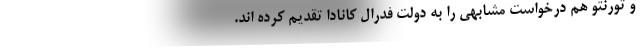
و تورنتو هم درخواست مشابهی را به دولت فدرال کانادا تقدیم کرده اند.